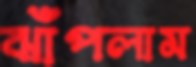
ঝাঁপলাম